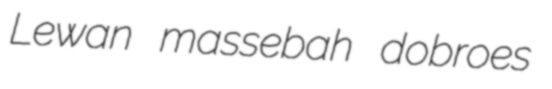
Lewan massebah dobroes